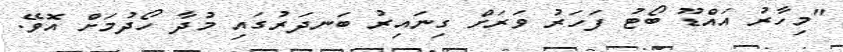
"މިހާރު އައްޑޫ ބޯޓު ފަހަރު ވަރަށް ގިނައިރު ބަނދަރުގައި މުދާ ހޯދުމަށް އޮވޭ.